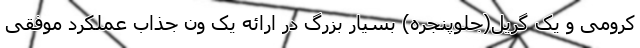
کرومی و یک گریل(جلوپنجره) بسیار بزرگ در ارائه یک ون جذاب عملکرد موفقی